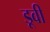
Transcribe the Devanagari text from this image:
डूवी